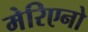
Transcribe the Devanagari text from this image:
मेरिएनो